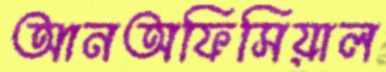
আনঅফিসিয়াল